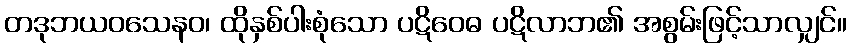
တဒုဘယဝသေနဝ၊ ထိုနှစ်ပါးစုံသော ပဋိဝေဓ ပဋိလာဘ၏ အစွမ်းဖြင့်သာလျှင်။